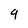
Character: 9